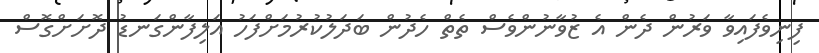
ފިނިވެފައިވާ ވަރުން ދެން އެ ޒުވާނުންވެސް ތެތް ހެދުން ބަދަލުކުރުމަށްފަހު އަލިފާންގަނޑު ދޮށަށްގޮސް